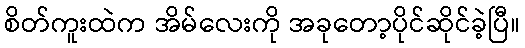
စိတ်ကူးထဲက အိမ်လေးကို အခုတော့ပိုင်ဆိုင်ခဲ့ပြီ။